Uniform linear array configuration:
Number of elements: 32
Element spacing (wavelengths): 1
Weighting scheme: hann
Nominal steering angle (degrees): -45
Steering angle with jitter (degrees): -45.31
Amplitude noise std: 0.05
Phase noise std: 0.05

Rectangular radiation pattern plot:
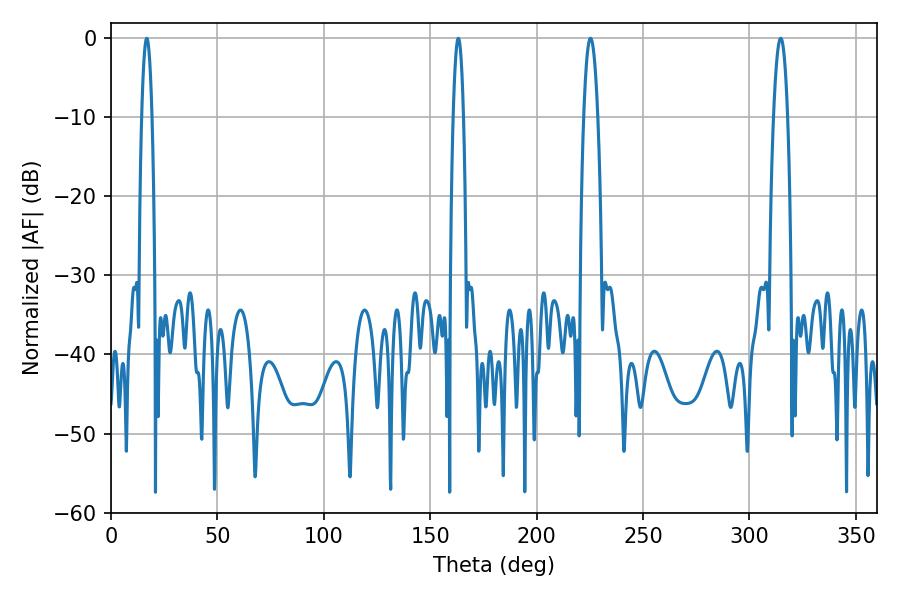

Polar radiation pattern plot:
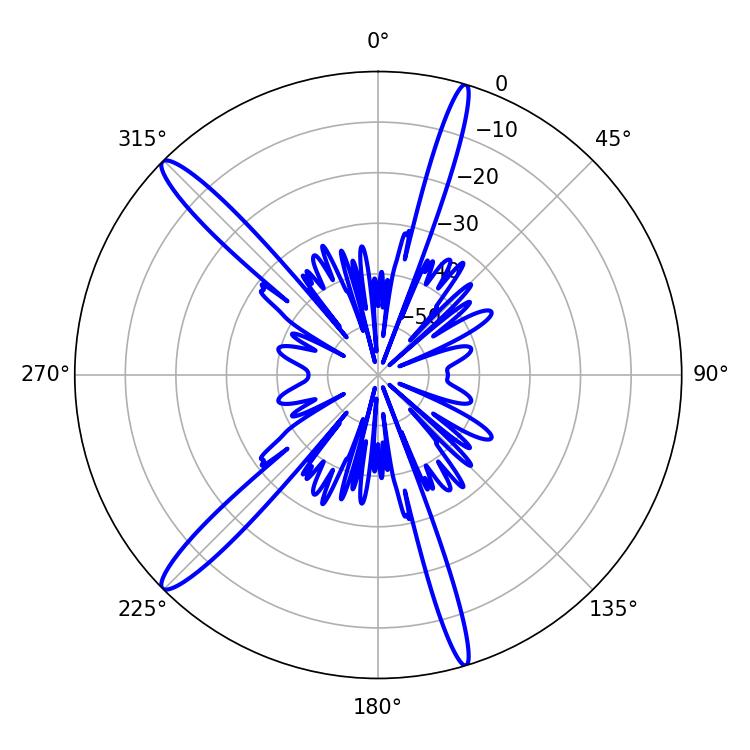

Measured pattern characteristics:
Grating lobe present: TRUE
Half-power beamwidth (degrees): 3.6
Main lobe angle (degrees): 225.36